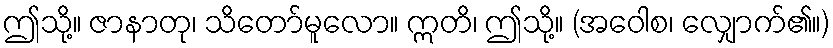
ဤသို့။ ဇာနာတု၊ သိတော်မူလော။ ဣတိ၊ ဤသို့။ (အဝေါစ၊ လျှောက်၏။)